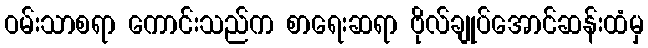
ဝမ်းသာစရာ ကောင်းသည်က စာရေးဆရာ ဗိုလ်ချုပ်အောင်ဆန်းထံမှ